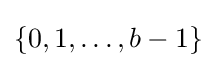
\{0,1,\ldots ,b-1\}